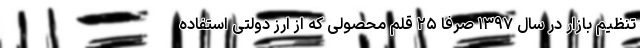
تنظیم بازار در سال ۱۳۹۷ صرفا ۲۵ قلم محصولی که از ارز دولتی استفاده